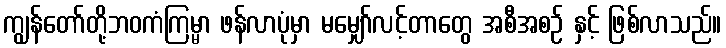
ကျွန်တော်တို့ဘဝကံကြမ္မာ ဖန်လာပုံမှာ မမျှော်လင့်တာတွေ အစီအစဉ် နှင့် ဖြစ်လာသည်။